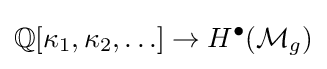
\mathbb {Q} [\kappa _{1},\kappa _{2},\ldots ]\to H^{\bullet }({\mathcal {M}}_{g})